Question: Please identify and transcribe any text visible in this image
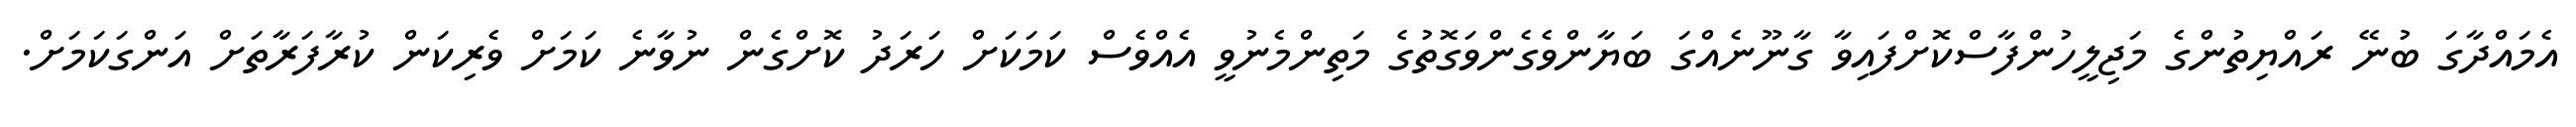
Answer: އެމައްދާގަ ބުނޭ ރައްޔިތުންގެ މަޖިލީހުންފާސްކޮށްފައިވާ ގާނޫނެއްގަ ބަޔާންވެގެންވަގޮތުގެ މަތިންމެނުވީ އެއްވެސް ކަމަކަށް ހަރަދު ކޮށްގެން ނުވާނެ ކަމަށް ވެރިކަން ކުރާފަރާތަށް އަންގަކަމަށް.